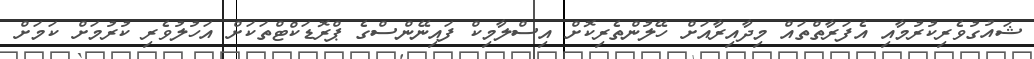
ޝައުގުވެރިކުރުމާއި އެފަރާތްތައް މިދާއިރާއަށް ހޭލުންތެރިކޮށް އިސްލާމިކް ފައިނޭންސްގެ ޕްރޮޑަކްޓްތަކަށް އަހުލުވެރި ކުރުމަށް ކަމަށް